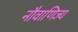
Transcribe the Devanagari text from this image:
नौवाणिज्य